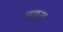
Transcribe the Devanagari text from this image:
वङ्मय्